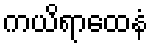
ကယိရာထေနံ